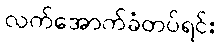
လက်အောက်ခံတပ်ရင်း